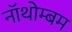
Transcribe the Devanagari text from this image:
नॉथोम्बम